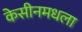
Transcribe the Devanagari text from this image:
केसीनमधला